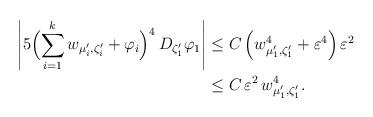
LaTeX: \begin{align*}\left|5 \Bigl(\sum_{i=1}^k w_{\mu_i',\zeta_i'} + \varphi_i\Bigr)^4 \,D_{\zeta_1'} \varphi_1\right|& \leq C \left( w_{\mu_1',\zeta_1'}^4 + \varepsilon^4 \right) \varepsilon^2\\& \leq C \,\varepsilon^2\, w_{\mu_1',\zeta_1'}^4.\end{align*}